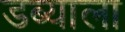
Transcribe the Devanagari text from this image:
डब्याला